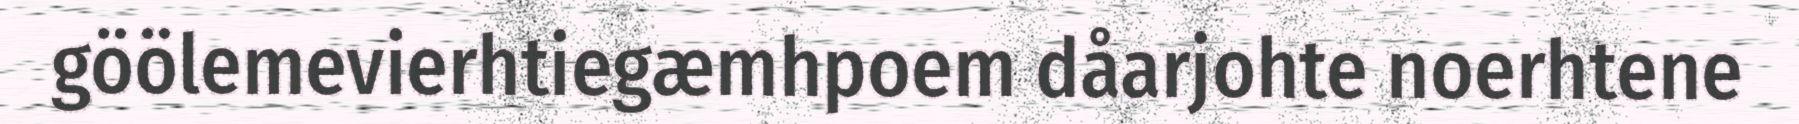
göölemevierhtiegæmhpoem dåarjohte noerhtene